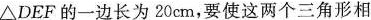
\bigtriangleupDEF的一边长为20cm，要使这两个三角形相